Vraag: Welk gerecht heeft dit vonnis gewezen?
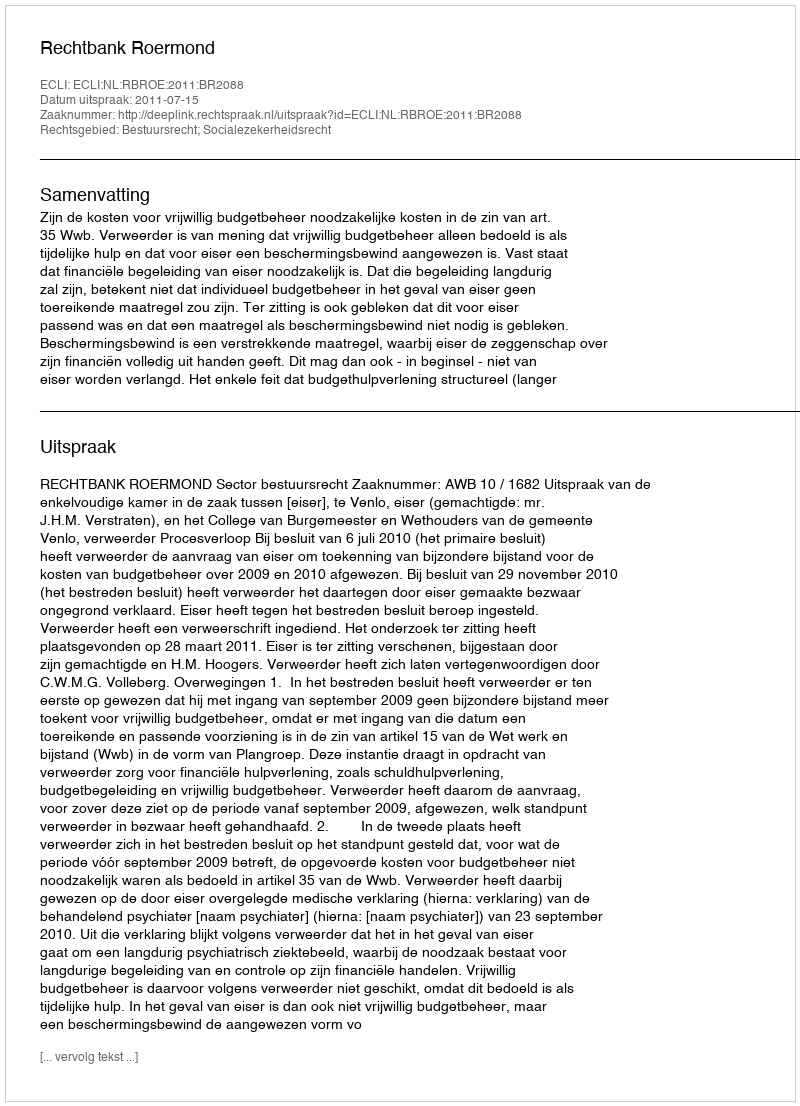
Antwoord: Rechtbank Roermond